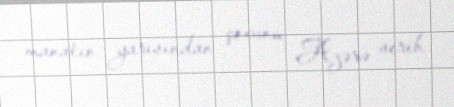
manatın yarısından çoxunu Azərə verib.